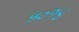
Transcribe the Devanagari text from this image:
५०१४